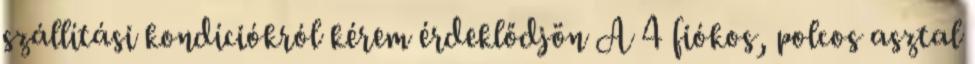
szállítási kondíciókról kérem érdeklődjön A 4 fiókos, polcos asztal